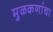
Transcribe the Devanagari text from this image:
मुळकणांचा